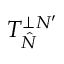
\angles { T } _ { \hat { N } } ^ { \perp N ^ { \prime } }